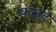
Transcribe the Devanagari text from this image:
मंकड